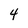
Character: 4